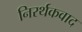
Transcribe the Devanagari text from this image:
निरर्थकवाद